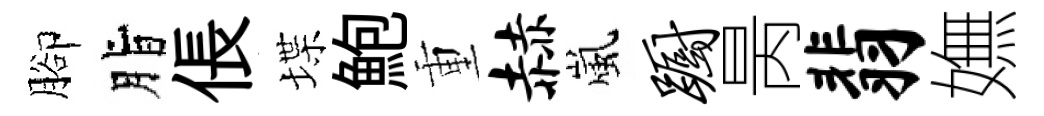
腳脂倀堞鮑重赫嵐蹰昺翡嫵